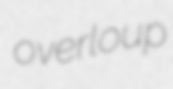
overloup